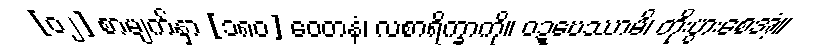
[၀၂] စာမျက်နှာ [၁၈၀] ဝေတနံ၊ လစာရိက္ခာကို။ ဝဍ္ဎေဿာမိ၊ တိုးပွားစေအံ့။